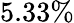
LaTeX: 5.33\%